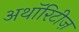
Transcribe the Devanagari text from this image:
अथॉरिटीज़